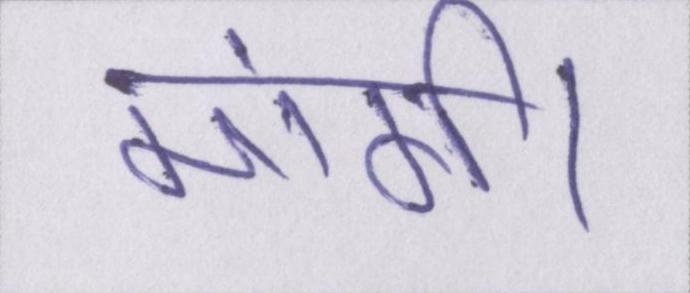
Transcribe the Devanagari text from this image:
मांगी।